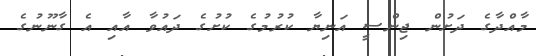
މާއްދާގެ ދަށުން ޖިންސީ އަނިޔާ ކުރުމުގެ ކުށުގެ ދައުވާ އާއި އެ ގާނޫނުގެ